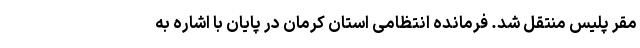
مقر پلیس منتقل شد. فرمانده انتظامی استان کرمان در پایان با اشاره به